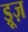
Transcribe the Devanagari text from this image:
ड्रूज़